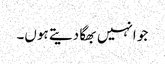
جو انہیں بھگا دیتے ہوں۔